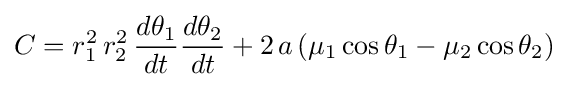
C=r_{1}^{2}\,r_{2}^{2}\,{\frac {d\theta _{1}}{dt}}{\frac {d\theta _{2}}{dt}}+2\,a\left(\mu _{1}\cos \theta _{1}-\mu _{2}\cos \theta _{2}\right)